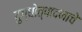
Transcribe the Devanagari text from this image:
दुग्धोत्पादनाचे